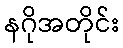
နဂိုအတိုင်း